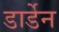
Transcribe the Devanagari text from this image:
डार्डेन